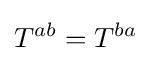
T^{ab}=T^{ba}